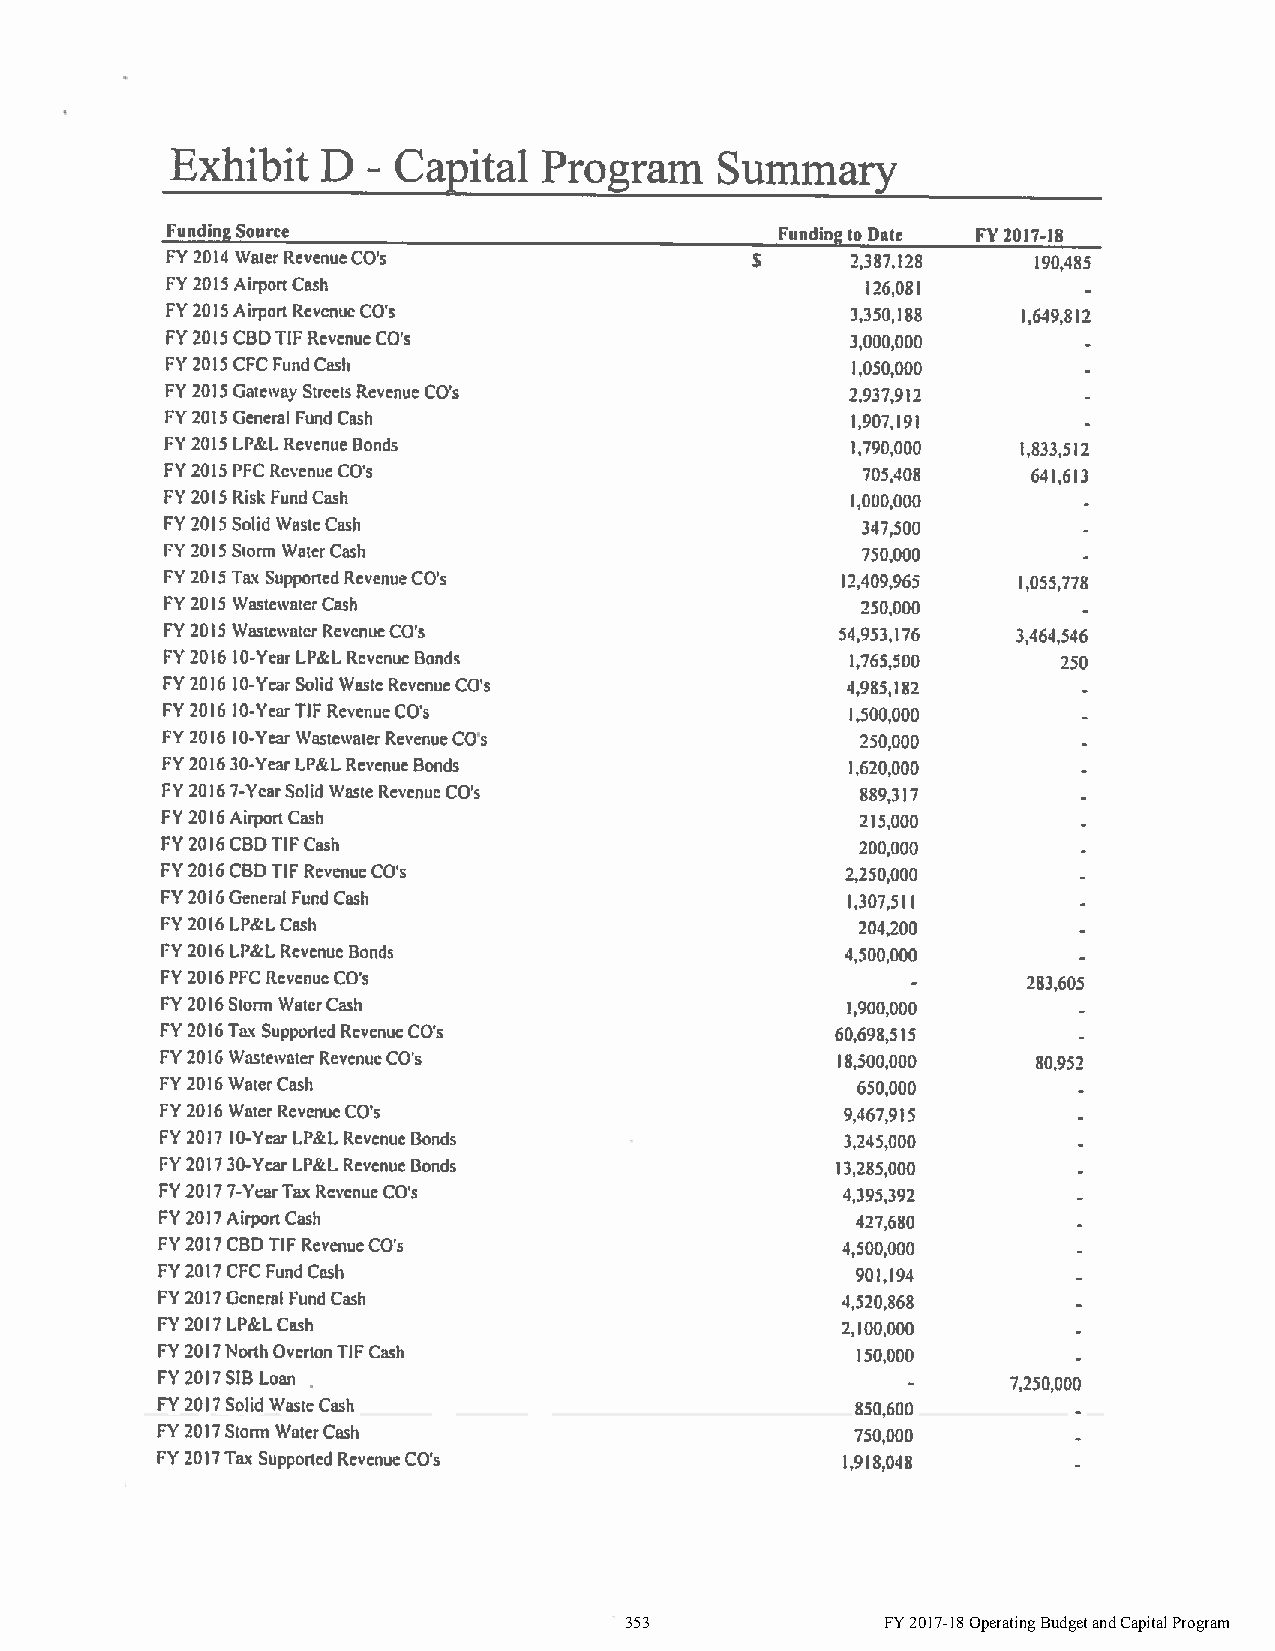
353               FY 2017-18 Operating Budget and Capital Program